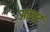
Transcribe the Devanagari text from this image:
अर्न्‍स्ट